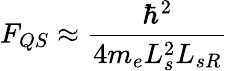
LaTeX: F_{QS}\approx\frac{\hbar^{2}}{4m_{e}L_{s}^{2}L_{sR}}